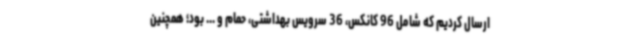
ارسال کردیم که شامل 96 کانکس، 36 سرویس بهداشتی، حمام و ... بود؛ همچنین